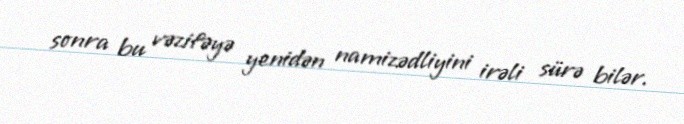
sonra bu vəzifəyə yenidən namizədliyini irəli sürə bilər.